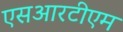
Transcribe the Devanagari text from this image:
एसआरटीएम